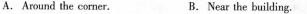
A. Around the corner. B.Near the building.